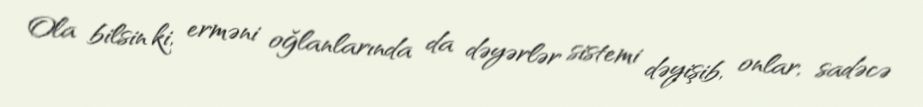
Ola bilsin ki, erməni oğlanlarında da dəyərlər sistemi dəyişib, onlar, sadəcə